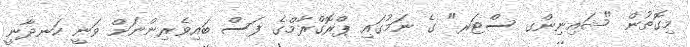
މިގޮތުން "ޝައިނިންގ ސްޓަރ" ގެ ނަމުގައި ޕްރޮގްރާމްގެ ފަސް ބައިވެރިންނަށް ވަނީ ހަނދާނީ